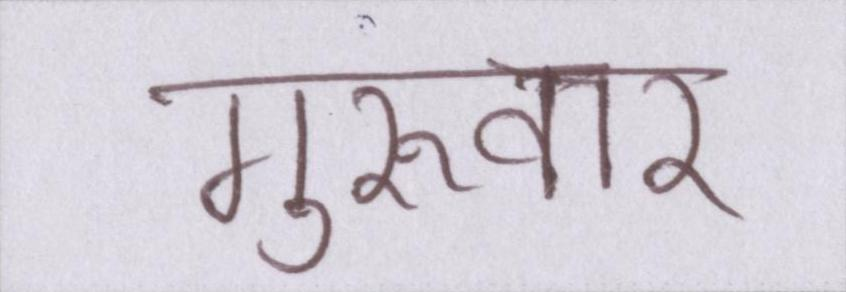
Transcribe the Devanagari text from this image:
गुरूवार